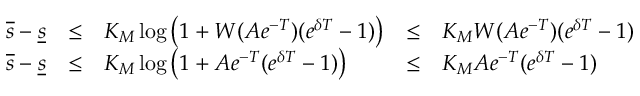
\begin{array} { r c l c l } { \overline { { s } } - \underline { { s } } } & { \leq } & { K _ { M } \log \left( 1 + W ( A e ^ { - T } ) ( e ^ { \delta T } - 1 ) \right) } & { \leq } & { K _ { M } W ( A e ^ { - T } ) ( e ^ { \delta T } - 1 ) } \\ { \overline { { s } } - \underline { { s } } } & { \leq } & { K _ { M } \log \left( 1 + A e ^ { - T } ( e ^ { \delta T } - 1 ) \right) } & { \leq } & { K _ { M } A e ^ { - T } ( e ^ { \delta T } - 1 ) } \end{array}